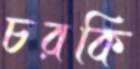
চরকি